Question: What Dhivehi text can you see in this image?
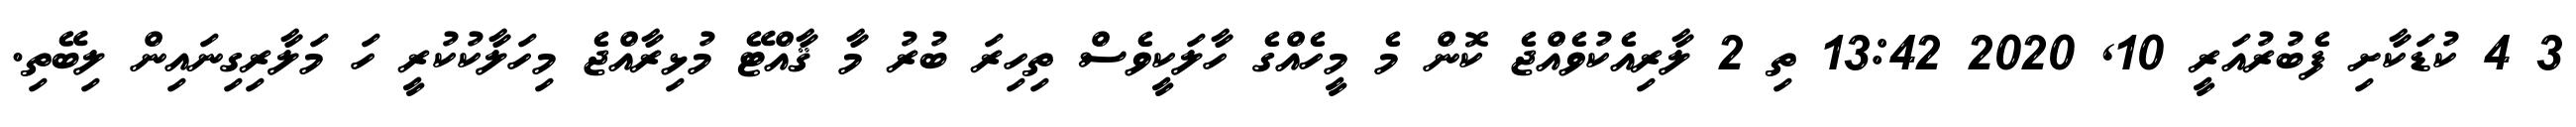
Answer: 3 4 ކުޑަކާށި ފެބުރުއަރީ 10, 2020 13:42 ތި 2 ލާރިއެކުވެއްޖެ ކޮން މެ މީހެއްގެ ހާލަކީވެސް ތިހިރަ ބުރު މާ ޤާއްޓޭ މުޅިރާއްޖެ މިހަލާކުކުރީ ހަ މަލާރިގިނައިން ލިބޭތި.